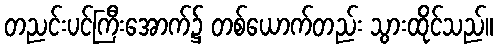
တညင်းပင်ကြီးအောက်၌ တစ်ယောက်တည်း သွားထိုင်သည်။